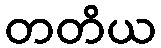
တတိယ